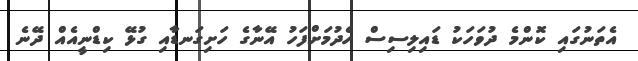
އެތަނުގައި ކޮންމެ ދުވަހަކު ޑައިލިސިސް ހެދުމަށްފަހު އޭނާގެ ހަށިގަނޑާއި ގުޅޭ ކިޑްނީއެއް ދޭނެ